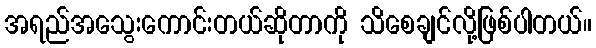
အရည်အသွေးကောင်းတယ်ဆိုတာကို သိစေချင်လို့ဖြစ်ပါတယ်။